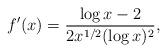
LaTeX: \begin{align*}f'(x) = \frac{\log x - 2}{2x^{1/2}(\log x)^2},\end{align*}